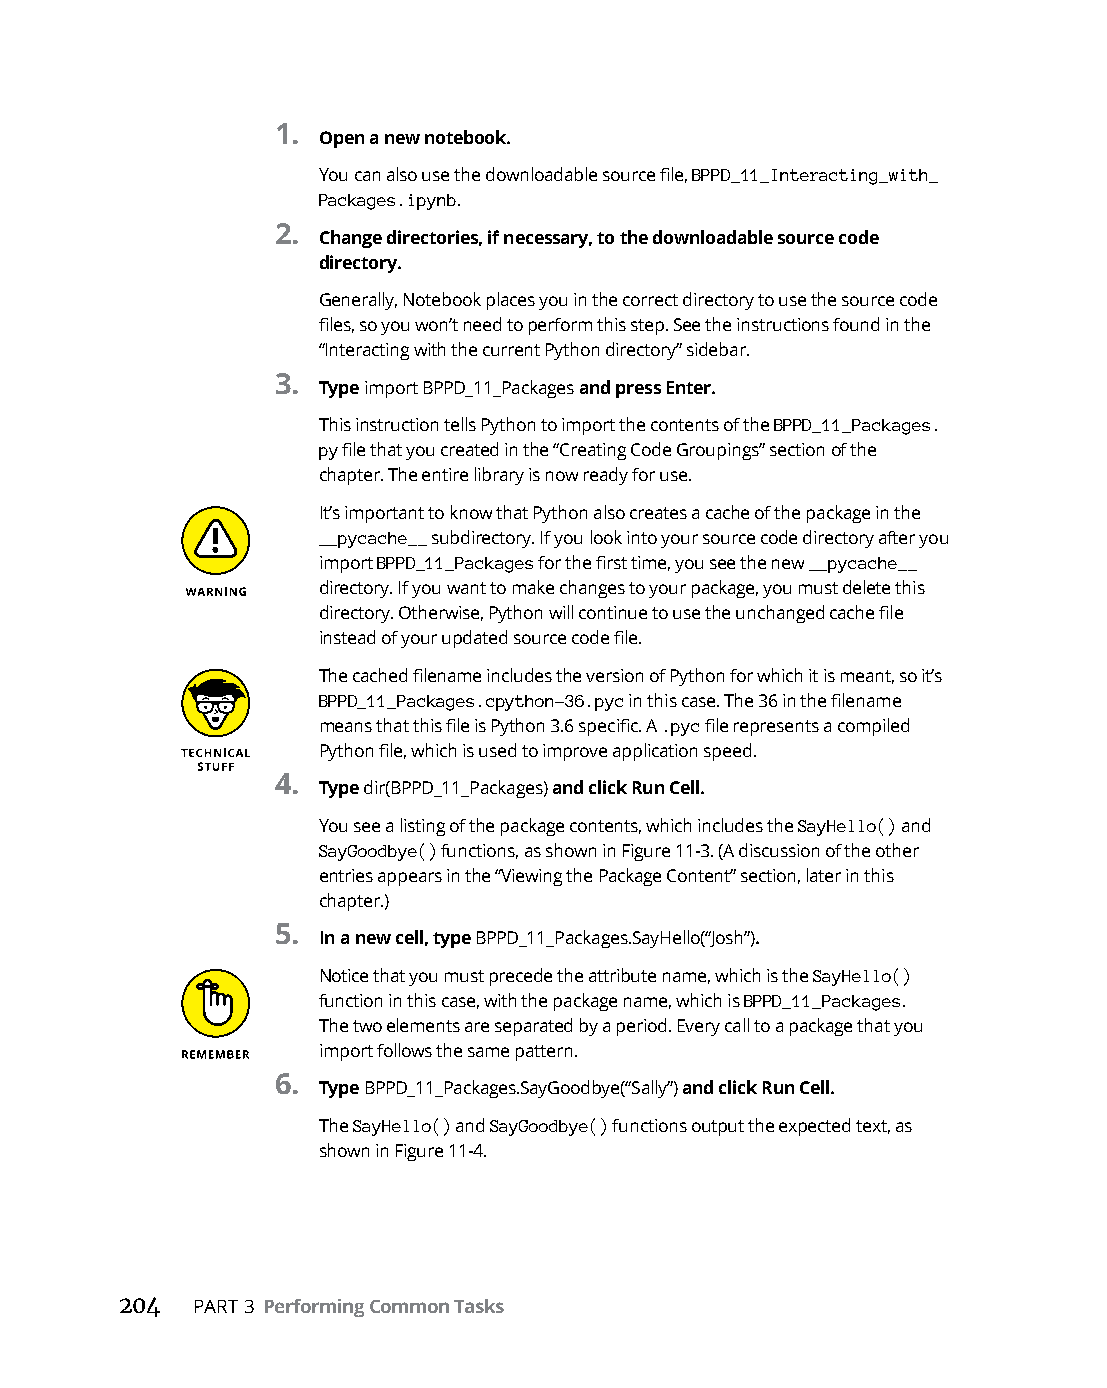
1.
 Open a new notebook.
 You can also use the downloadable source file, BPPD_11_Interacting_with_
 Packages.ipynb.
 2.
 Change directories, if necessary, to the downloadable source code
 directory.
 Generally, Notebook places you in the correct directory to use the source code
 files, so you won’t need to perform this step. See the instructions found in the
 “Interacting with the current Python directory” sidebar.
 3.
 Type import BPPD_11_Packages and press Enter.
 This instruction tells Python to import the contents of the BPPD_11_Packages.
 py file that you created in the “Creating Code Groupings” section of the
 chapter. The entire library is now ready for use.
 It’s important to know that Python also creates a cache of the package in the
 __pycache__ subdirectory. If you look into your source code directory after you
 import BPPD_11_Packages for the first time, you see the new __pycache__
 directory. If you want to make changes to your package, you must delete this
 directory. Otherwise, Python will continue to use the unchanged cache file
 instead of your updated source code file.
 The cached filename includes the version of Python for which it is meant, so it’s
 BPPD_11_Packages.cpython-36.pyc in this case. The 36 in the filename
 means that this file is Python 3.6 specific. A .pyc file represents a compiled
 Python file, which is used to improve application speed.
 4.
 Type dir(BPPD_11_Packages) and click Run Cell.
 You see a listing of the package contents, which includes the SayHello() and
 SayGoodbye() functions, as shown in Figure 11-3. (A discussion of the other
 entries appears in the “Viewing the Package Content” section, later in this
 chapter.)
 5.
 In a new cell, type BPPD_11_Packages.SayHello(“Josh”).
 Notice that you must precede the attribute name, which is the SayHello()
 function in this case, with the package name, which is BPPD_11_Packages.
 The two elements are separated by a period. Every call to a package that you
 import follows the same pattern.
 6.
 Type BPPD_11_Packages.SayGoodbye(“Sally”) and click Run Cell.
 The SayHello() and SayGoodbye() functions output the expected text, as
 shown in Figure 11-4.
 204  PART 3 Performing Common Tasks